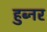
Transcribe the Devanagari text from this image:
हुब्नर